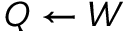
Q \leftarrow W